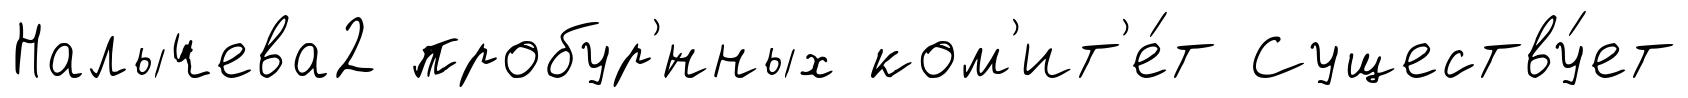
Налычева2 пробур'́нных ком'ит'е́т Существу́ет